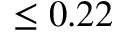
\leq 0 . 2 2